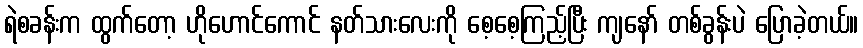
ရဲစခန်းက ထွက်တော့ ဟိုဟောင်ကောင် နတ်သားလေးကို စေ့စေ့ကြည့်ပြီး ကျနော် တစ်ခွန်းပဲ ပြောခဲ့တယ်။